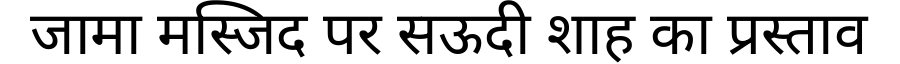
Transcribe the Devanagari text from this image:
जामा मस्जिद पर सऊदी शाह का प्रस्ताव